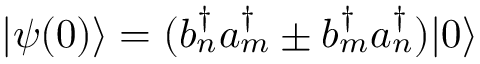
\vert \psi ( 0 ) \rangle = ( b _ { n } ^ { \dagger } a _ { m } ^ { \dagger } \pm b _ { m } ^ { \dagger } a _ { n } ^ { \dagger } ) \vert 0 \rangle